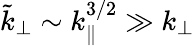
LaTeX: \tilde{k}_{\perp}\sim k_{\parallel}^{3/2}\gg k_{\perp}